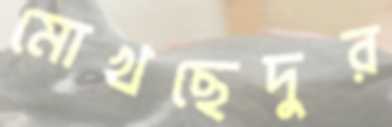
মোখছেদুর